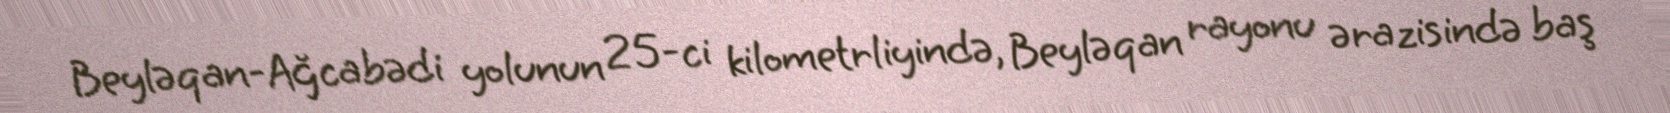
Beyləqan-Ağcabədi yolunun 25-ci kilometrliyində, Beyləqan rayonu ərazisində baş